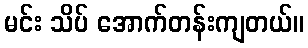
မင်း သိပ် အောက်တန်းကျတယ်။